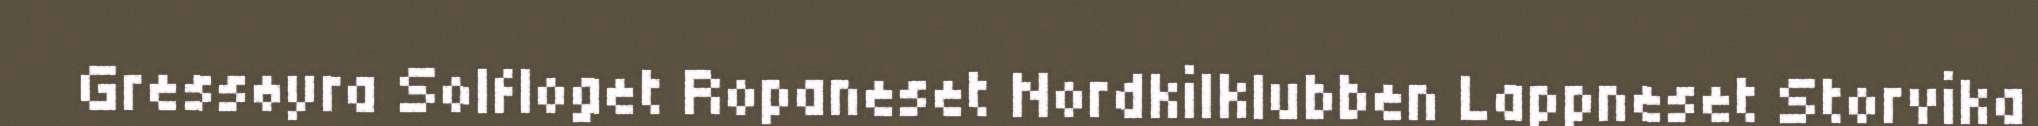
Gressøyra Solfloget Ropaneset Nordkilklubben Lappneset Storvika